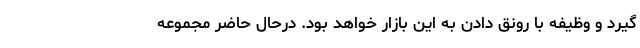
گیرد و وظیفه با رونق دادن به این بازار خواهد بود. درحال حاضر مجموعه